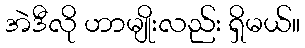
အဲဒီလို ဟာမျိုးလည်း ရှိမယ်။